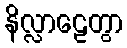
နိလ္လာဠေတွာ